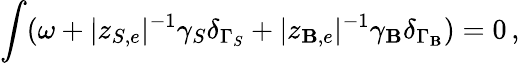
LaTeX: \int(\omega+|z_{S,e}|^{-1}\gamma_{S}\delta_{\Gamma_{S}}+|z_{\mathbf{B},e}|^{-1}\gamma_{\mathbf{B}}\delta_{\Gamma_{\mathbf{B}}})=0\, ,